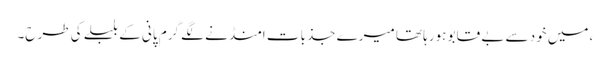
،میں خود سے بے قابو ہورہا تھا میرے جذبات امنڈنے لگے گرم پانی کے بلبلے کی طرح۔